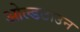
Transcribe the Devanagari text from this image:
ओल्डटाउन